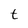
Character: t